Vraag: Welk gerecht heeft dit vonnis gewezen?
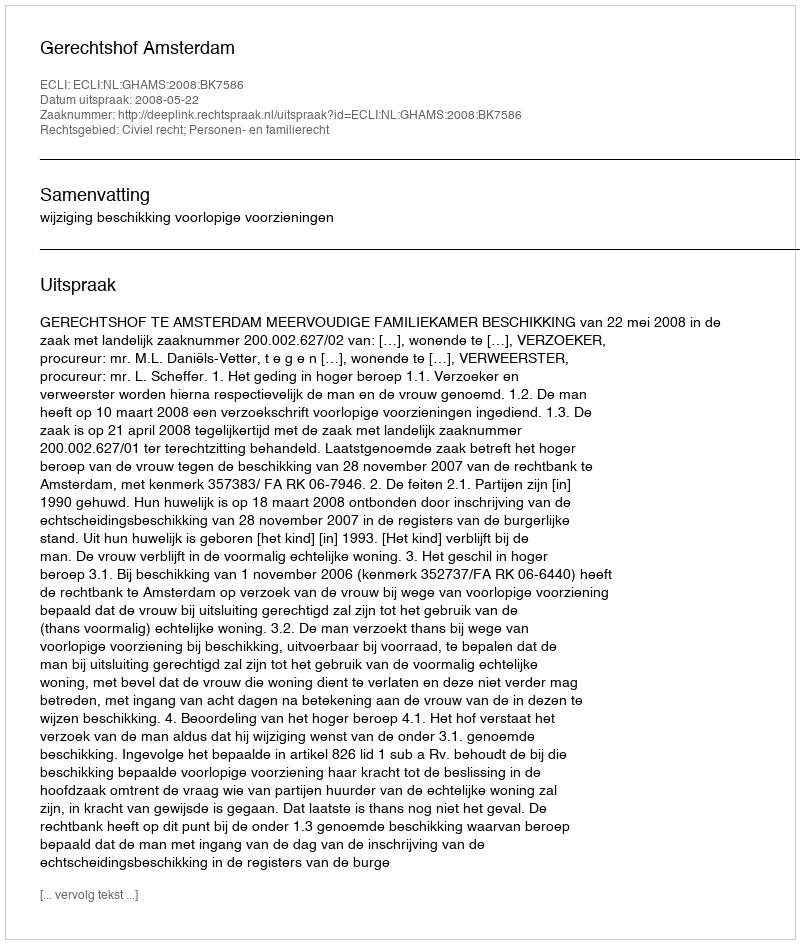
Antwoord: Gerechtshof Amsterdam